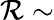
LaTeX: \mathcal{R}\sim